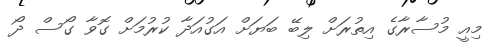
މިއީ މުސާރާގެ އިތުރަށް ލިބޭ ބަޔަށް އަގުއަދާ ކުރުމަށް ގޮވާ ގޯސް ދޯ